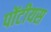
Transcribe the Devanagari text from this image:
पोंटीयस